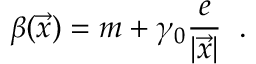
\beta ( \vec { x } ) = m + \gamma _ { 0 } \frac { e } { | \vec { x } | } \; \; .